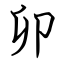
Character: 卯